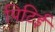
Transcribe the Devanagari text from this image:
पिटिई